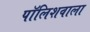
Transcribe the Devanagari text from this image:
पॉलिशवाला